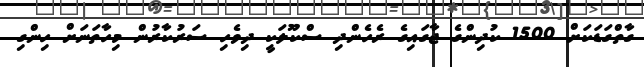
ގާތްގަޑަކަށް 1500 ކުދިންގެ ޖާގައިގެ ރެހެންދި ސްކޫލަކީ ދިވެހި ސަރުކާރުން މިހާތަނަށް ހިންގި